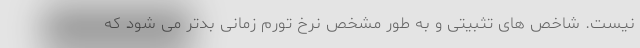
نیست. شاخص های تثبیتی و به طور مشخص نرخ تورم زمانی بدتر می شود که